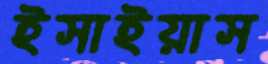
ইসাইয়াস